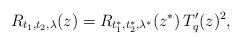
LaTeX: \begin{align*} R_{t_1,t_2,\lambda}(z) = R_{t_1^*,t_2^*,\lambda^*}(z^*)\, T_q'(z)^2,\end{align*}